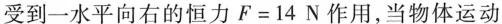
受到一水平向右的恒力$$F = 1 4 N$$作用，当物体运动